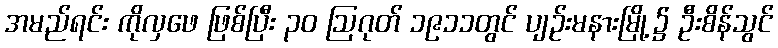
အမည်ရင်း ကိုလှဖေ ဖြစ်ပြီး ၃၀ ဩဂုတ် ၁၉၁၁တွင် ပျဉ်းမနားမြို့၌ ဦးစိန်သွင်